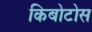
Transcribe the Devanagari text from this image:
किबोटोस